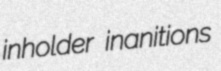
inholder inanitions